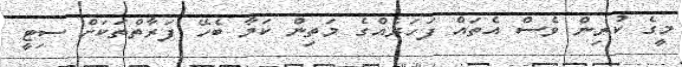
މީގެ ކުރިން ވެސް އެތައް ފަހަރެއްގެ މަތިން ކަމާ ބެހޭ ފަރާތްތަކަށް ސިޓީ